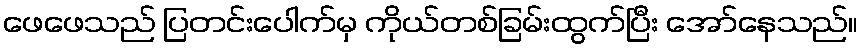
ဖေဖေသည် ပြတင်းပေါက်မှ ကိုယ်တစ်ခြမ်းထွက်ပြီး အော်နေသည်။